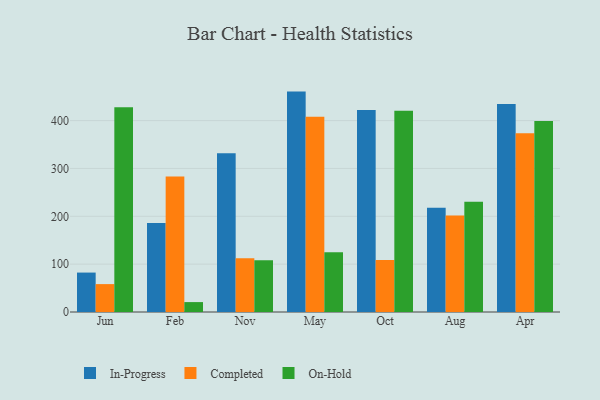
{"axis": {"x": "Month", "y": "Website Visitors"}, "legend": ["Completed", "In-Progress", "On-Hold"], "data": [{"x": "Jun", "y": 82.4, "type": "In-Progress"}, {"x": "Jun", "y": 58.3, "type": "Completed"}, {"x": "Jun", "y": 428.0, "type": "On-Hold"}, {"x": "Feb", "y": 185.9, "type": "In-Progress"}, {"x": "Feb", "y": 283.0, "type": "Completed"}, {"x": "Feb", "y": 20.7, "type": "On-Hold"}, {"x": "Nov", "y": 331.8, "type": "In-Progress"}, {"x": "Nov", "y": 112.5, "type": "Completed"}, {"x": "Nov", "y": 108.3, "type": "On-Hold"}, {"x": "May", "y": 460.6, "type": "In-Progress"}, {"x": "May", "y": 407.8, "type": "Completed"}, {"x": "May", "y": 124.8, "type": "On-Hold"}, {"x": "Oct", "y": 422.3, "type": "In-Progress"}, {"x": "Oct", "y": 108.5, "type": "Completed"}, {"x": "Oct", "y": 420.6, "type": "On-Hold"}, {"x": "Aug", "y": 217.7, "type": "In-Progress"}, {"x": "Aug", "y": 201.5, "type": "Completed"}, {"x": "Aug", "y": 230.4, "type": "On-Hold"}, {"x": "Apr", "y": 434.8, "type": "In-Progress"}, {"x": "Apr", "y": 373.5, "type": "Completed"}, {"x": "Apr", "y": 399.0, "type": "On-Hold"}]}